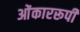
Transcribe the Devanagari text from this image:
ओंकाररूपी